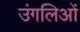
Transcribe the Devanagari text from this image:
उंगलिओं